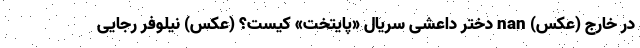
در خارج (عکس) nan دختر داعشی سریال «پایتخت» کیست؟ (عکس) نیلوفر رجایی